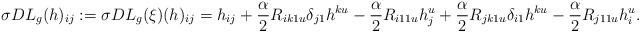
LaTeX: \begin{align*} \sigma DL_g(h)_{ij} :=\sigma DL_g(\xi)(h)_{ij} = h_{ij}+\frac{\alpha}{2} R_{ik1u}\delta_{j1}h^{ku}-\frac{\alpha}{2} R_{i11u}h_j^u+ \frac{\alpha}{2} R_{jk1u}\delta_{i1}h^{ku} - \frac{\alpha}{2} R_{j11u}h_i^u.\end{align*}